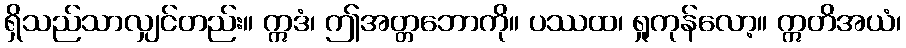
ရှိသည်သာလျှင်တည်း။ ဣဒံ၊ ဤအတ္တဘောကို။ ပဿထ၊ ရှုကုန်လော့။ ဣတိအယံ၊